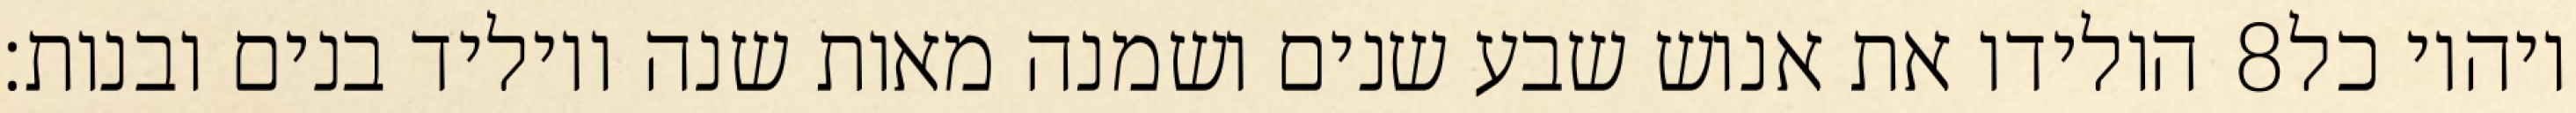
הולידו את אנוש שבע שנים ושמנה מאות שנה ויוליד בנים ובנות׃ ‎8‏ ויהיו כל